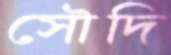
সৌদি